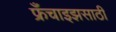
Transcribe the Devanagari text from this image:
फ्रँचाइझसाठी